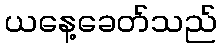
ယနေ့ခေတ်သည်